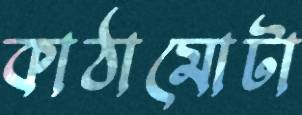
কাঠামোটা